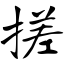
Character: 搓